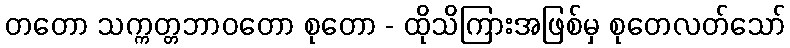
တတော သက္ကတ္တဘာဝတော စုတော - ထိုသိကြားအဖြစ်မှ စုတေလတ်သော်